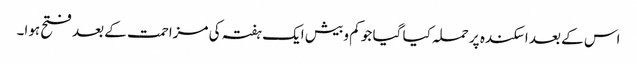
اس کے بعد اسکندہ پر حملہ کیا گیا جو کم و بیش ایک ہفتہ کی مزاحمت کے بعد فتح ہوا۔